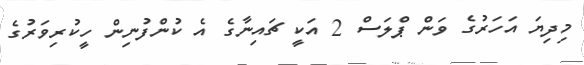
މިދިޔަ އަހަރުގެ ވަން ޕްލަސް 2 އަކީ ޗައިނާގެ އެ ކުންފުނިން ހީކުރިވަރުގެ